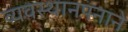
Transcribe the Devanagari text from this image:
व्यवस्थानपनाने